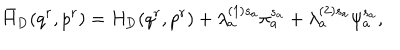
\bar { H } _ { \mathrm { D } } ( q ^ { r } , p ^ { r } ) = H _ { \mathrm { D } } ( q ^ { r } , p ^ { r } ) + \lambda _ { a } ^ { ( 1 ) s _ { a } } \pi _ { a } ^ { s _ { a } } + \lambda _ { a } ^ { ( 2 ) s _ { a } } \psi _ { a } ^ { s _ { a } } ,